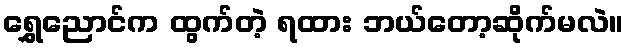
ရွှေညောင်က ထွက်တဲ့ ရထား ဘယ်တော့ဆိုက်မလဲ။